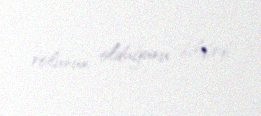
rolunun olduğunu bildirdi.